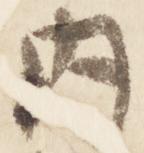
内